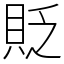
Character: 貶